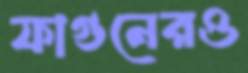
ফাগুনেরও